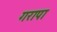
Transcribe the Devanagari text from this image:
गरापा